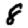
Digit: 8